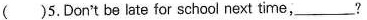
( )5.Don't be late for school next time，___?